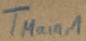
Text: TMain,1